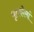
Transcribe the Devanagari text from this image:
मृतकोमां